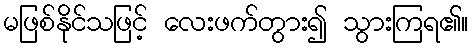
မဖြစ်နိုင်သဖြင့် လေးဖက်တွား၍ သွားကြရ၏။